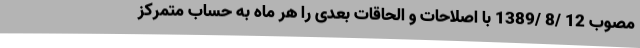
مصوب 12 /8 /1389 با اصلاحات و الحاقات بعدی را هر ماه به حساب متمرکز